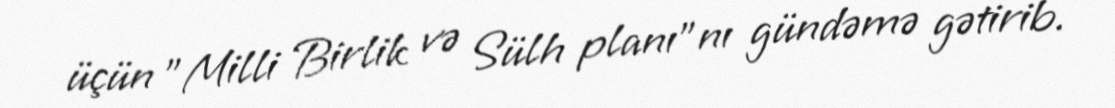
üçün "Milli Birlik və Sülh planı"nı gündəmə gətirib.